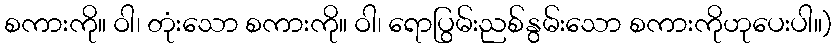
စကားကို။ ဝါ၊ တုံးသော စကားကို။ ဝါ၊ ရောပြွမ်းညစ်နွမ်းသော စကားကိုဟုပေးပါ။)